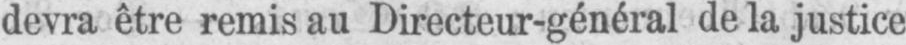
devra être remis au Directeur-général de la justice